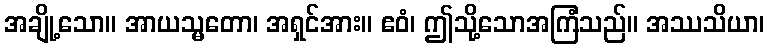
အချို့သော။ အာယသ္မတော၊ အရှင်အား။ ဧဝံ၊ ဤသို့သောအကြံသည်။ အဿသိယာ၊